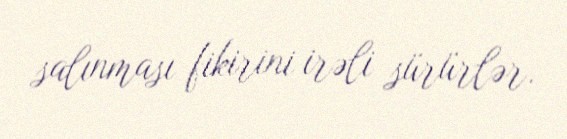
salınması fikirini irəli sürürlər.